Vital statistics of India. Vol. VI, European troops 1870-79
Year: 1870
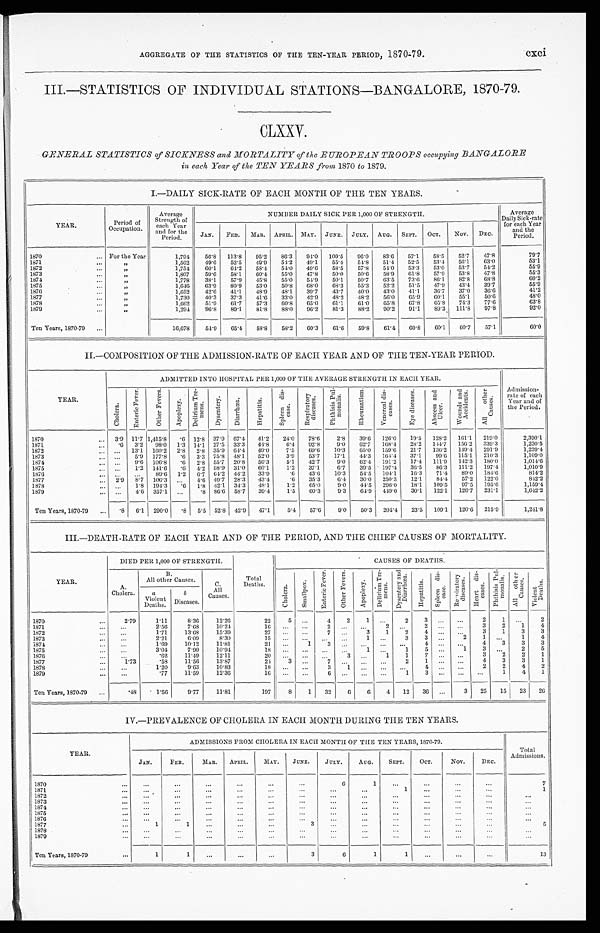
AGGREGATE OF THE STATISTICS OF THE TEN-YEAR PERIOD, 1870-79.cxci
III.—STATISTICS OF INDIVIDUAL STATIONS—BANGALORE, 1870-79.
CLXXV.
GENERAL STATISTICS of SICKNESS and MORTALITY of the EUROPEAN TROOPS occupying BANGALORE
in each Year of the TEN YEARS from 1870 to 1879.
I.—DAILY SICK-RATE OF EACH MONTH OF THE TEN YEARS.
YEAR.
Period of
Occupation.
Average
Strength of
each Year
and for the
Period.
NUMBER DAILY SICK PER 1,000 OF STRENGTH.
Average
Daily Sick-rate
for each Year and
the
Period.
JAN. FEB. MAR. APRIL. MAY. JUNE. JULY. AUG. SEPT. OCT. NOV. DEC.
1870
For the Year
1,794 56.3 113.8 95.2 86.3
94.0 100.5
96.0
83.6 57.1
58.5
52.7
47.8
79.7
1871
" 1,562
49.6 52.5 49.9
54.2 49.1
55.4 54.8
51.4 52.5
53.4 56.1
63.0
53.1
1872
"
1,754 60.1
64.2 58.4 54.0 49.6
58.5
57.8
54.0
53.3
53.0
53.7
54.2
55.9
1873
" 1,807
59.6
58.1
60.4 55.0
47.8
50.0
50.6
58.9
61.8
57.9
53.8 47.8
55.3
1874
" 1,778
38.1
57.9
45.8
55.0 54.9 50.1
50.7
63.5 73.6
86.1
82.8
68.8
60.2
1875
"
1,646
63.9
80.9
53.0 50.8
68.0
68.3
55.3 52.2
51.5 47.9 43.4 39.7
55.9
1 8 7 6
" 1,652
42.6 41.1
48.9 48.1 39.7
43.7
40.0 43.0 41.1
36.7
37.0
36.6
41.2
1 8 7 7
" 1,730
40.3
37.3
41.6 33.0
42.9
48.2
48.2
56.0 65.9 60.1
55.1
50.6
48.0
1878
" 1,662
51.9
61.7
57.3
60.8
65.0
61.1
61.0
65.8 67.8
65.8 74.3
77.6
63.8
1879
" 1,294 96.8
89.1
81.8
88.0 96.2
81.3
88.2 90.2 91.1 89.3 111.8 97.8
92.0
Ten Years, 1870-79
16,678
54.9
65.4 58.8
58.2
60.3
61.6
59.8
61.4 60.8
60.1
60.7
57.1
60.0
II.—COMPOSITION OF THE ADMISSION-RATE OF EACH YEAR AND OF THE TEN-YEAR PERIOD.
YEAR .
ADMITTED INTO HOSPITAL PER 1,000 OF THE AVERAGE STRENGTH IN EACH YEAR.
Admission-
rate of each
Year and of
the Period.
C h o l e r a .
E n t e r i c F e v e r .
O t h e r F e v e r s .
A p o p l e x y .
D e l i r i u m T r e -
m e n s .
D y s e n t e r y .
D i a r r h œ a .
H e p a t i t i s .
S p l e e n d i s - e a s e .
R e s p i r a t o r y
d i s e a s e s .
P h t h i s i s P u l -
m o n a l i s .
R h e u m a t i s m .
V e n e r e a l d i s -
e a s e s .
E y e d i s e a s e s .
A b s c e s s a n d
U l c e r .
W o u n d s a n d
A c c i d e n t s .
A l l o t h e r
C a u s e s .
1870
3.9 11.7 1,415.8 .6 12.8 37.9 67.4 41.2
24.0 78.6
2.8 39.6 126.0 19.5 128.2 161.1 219.0
2,390.1
1871
.6 3.2 98.0 1.3 14.1 27.5 33.3 44.8
6.4 92.8
9.0 62.7 168.4 28.2 144.7 156.2 339.3
1,230.5
1 8 7 2
... 13.1 160.2 2.8 2.8 35.9 64.4 49.0
7.5 69.6
10.3
65.0 159.6 21.7 136.2 149.4 291.9
1,239.4
1873
. . .
5.9 177.8 .6 3.3 75.8 48.1 52.0
3.9
53.7
17.1
44.3 164.4 37.1
99.6 115.1 210.3
1,109.0
1874
. . .
9 . 6
106.8
. 6
2.8 55.7 20.8 56.3
5.1 42.7
9.0 62.4 191.2 17.4 111.9 142.3 180.0
1,014.6
1 8 7 5
. . .
1.2 141.6 .6 4.2 58.9 31.0 60.1
1.2 37.1
6.7
39.5 197.4 36.5
86.3 111.2 197.4
1,010.9
1876
...
... ...
89.6 1.2 6.7
6 4 . 2
44.2 33.9
.6 43.6
10.3
54.5 104.1
16.3
71.4 89.0 184.6
814.2
1877
2.9 8.7 106.3
. . .
4.6 49.7 28.3 43.4
.6 35.3
6.4 30.0 250.3
12.1
84.4 57.2 122.0
842.2
1878
...
1.8 194.3
. 6
1.8 42.1 34.3 48.1
1.2 65.0
9.0
44.5 296.0
18.1 109.5
97.5 195.6
1,159.4
1879
...
4.6 357.1 ...
.8 86.6 58.7 39.4
1.5 60.3
9.3
64.9 449.0 30.1 122.1 126.7 231.1
1,642.2
Ten Years, 1870-79
.8 6.1 290.0 .8 5.5 52.8 42.9 47.1
5.4 57.6
9.0
50.3 204.4 23.5 109.1 120.6 215.9
1,241.8
III.—DEATH-RATE OF EACH YEAR AND OF THE PERIOD, AND THE CHIEF CAUSES OF MORTALITY.
YEAR.
DIED PER 1,000 OF STRENGTH.
Total
Deaths.
CAUSES OF DEATHS.
A.
Cholera.
B.
All other Causes.
C.
All
Causes.
C h o l e r a .
S m a l l p o x .
E n t e r i c F e v e r .
O t h e r F e v e r s .
A p o p l e x y .
D e l i r i u m T r e -
m e n s .
D y s e n t e r y a n d
D i a r r h œ a .
H e p a t i t i s .
S p l e e n d i s -
e a s e s .
R e s p i r a t o r y
d i s e a s e s .
H e a r t d i s -
e a s e s .
Pht hi s i s Pul -
m o n a l i s .
Al l o t h e r
C a u s e s .
V i o l e n t
D e a t h s .
a
Violent
Deaths.
b
Diseases.
1870
2.79
1.11
8.36
12.26
22
5
. . .
4
2
1 ...
2
3
. . .
. . .
2
1
. . .
2
1871
...
2.56
7.68
10.24
16
. . .
. . .
2
. . .
. . .
2
. . .
2
. . .
. . .
3
2
1
4
1872
...
1.71
13.68
15.39
27
. . .
. . .
7
. . .
3
1
2
4
. . .
. . .
3
1
3
3
1873
...
2.21
6.09
8.30
15 ...
. . .
. . .
. . . 1
. . .
3
3 ...
2
1 ...
1
4
3
1874
. . .
1.69
10.12
11.81
21 ...
1
3
. . .
. . .
. . .
. . .
4
. . .
. . .
4
3
3
3
1875
...
3.04
7.90
10.94
18
. . .
. . .
. . .
. . .
1
. . .
1
5
. . .
1
3 ...
2
5
1876
...
.62
11.49
12.11
20 ...
. . .
. . . 3
. . .
1
1
7 . . .
. . .
3
2
2
1
1877
1.73
.58
11.56
13.87
24
3
. . .
7
. . .
. . .
. . .
2
1
. . .
. . .
4
2
3
2
3
1
2
1878
...
1.20
9.63
10.83
1 8
. . .
. . .
3
1
. . .
. . .
. . .
4
. . .
...
2
2
4
2
1879
...
.77
11.59
12.36
1 6
. . .
. . .
6
. . .
. . .
. . .
1
3
. . .
. . .
. . .
1
4
1
Ten Years, 1870-79
.48
1.56
9.77
11.81
197
8
1 32
6
6
4 12 36 ...
3 25 15 23 26
IV.—PREVALENCE OF CHOLERA IN EACH MONTH DURING THE TEN YEARS.
YEAR.
ADMISIONS FROM CHOLERA IN EACH MONTH OF THE TEN YEARS, 1870-79.
Total
Admissions.
JAN.
FEB.
M A R .
APRIL.
MAY. JUNE.
JULY.
AUG.
SEPT.
OCT.
NOV.
DEC.
1870
...
...
...
. . .
...
...
6
1
...
. . .
...
...
7
1871
...
. . .
. . .
. . .
. . .
...
. . .
. . . 1
...
...
...
1
1872
. . . . . .
...
...
. . .
. . .
. . .
. . .
. . .
. . .
. . .
. . .
. . .
1873
...
. . .
. . .
. . .
. . .
. . .
. . .
. . .
. . .
. . .
. . .
. . .
. . .
1874
...
. . .
. . .
. . .
. . .
. . .
. . .
. . .
. . .
. . .
. . .
. . .
. . .
1875
...
...
...
...
. . .
. . .
. . .
. . .
. . .
. . .
. . .
. . .
. . .
1876
...
...
...
...
. . .
. . .
. . .
...
. . .
. . .
. . .
. . .
. . .
1877
1
1
...
...
. . .
3
. . .
...
. . .
. . .
. . .
. . .
5
1878
. . .
. . .
. . .
. . .
. . .
. . .
. . .
. . .
. . .
. . .
. . .
. . .
. . .
1879
...
. . .
. . .
. . .
. . .
. . .
. . .
. . .
. . .
. . .
. . .
. . .
. . .
Ten Years, 1870-79
1
1
. . .
...
. . .
3
6
1
1
...
...
...
13